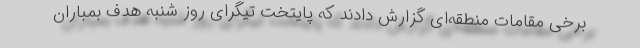
برخی مقامات منطقه‌ای گزارش دادند که پایتخت تیگرای روز شنبه هدف بمباران